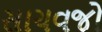
સાચવજો